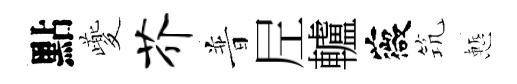
點夔芥普𡰱轤薇𥬑慙